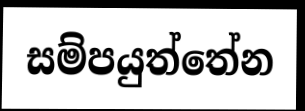
සම්පයුත්තේන